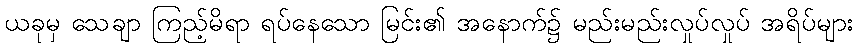
ယခုမှ သေချာ ကြည့်မိရာ ရပ်နေသော မြင်း၏ အနောက်၌ မည်းမည်းလှုပ်လှုပ် အရိပ်များ